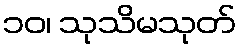
၁၀၊ သုသိမသုတ်